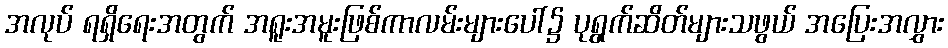
အလုပ် ရရှိရေးအတွက် အရူးအမူးဖြစ်ကာလမ်းများပေါ်၌ ပုရွက်ဆိတ်များသဖွယ် အပြေးအလွှား